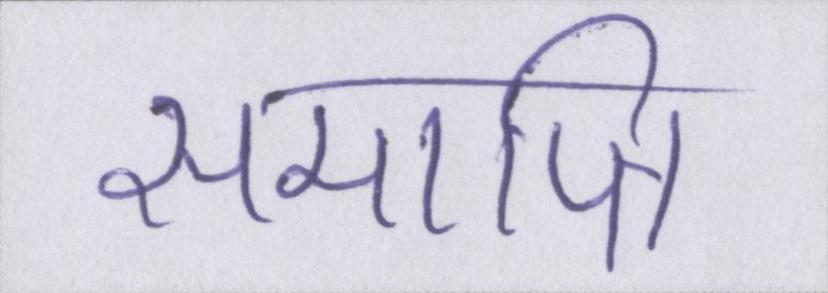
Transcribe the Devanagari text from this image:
समाप्ति